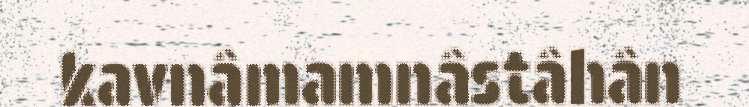
kavnâmamnâstâhân